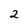
Character: 2